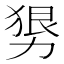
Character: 𰅒